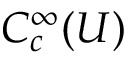
C _ { c } ^ { \infty } ( U )